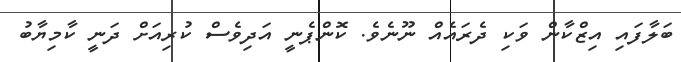
ބަލާފައި އިޒްކާން ވަކި ދެރައެއް ނޫނެވެ. ކޮންޕެނީ އަދިވެސް ކުރިއަށް ދަނީ ކާމިޔާބު